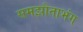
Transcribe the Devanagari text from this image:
समझौताभंग